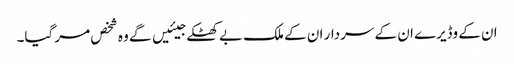
ان کے وڈیرے ان کے سردار ان کے ملک بے کھٹکے جیئیں گے وہ شخص مر گیا۔